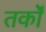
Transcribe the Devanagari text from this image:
तर्काें